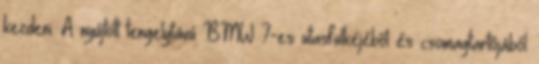
kezdeni. A nyújtott tengelytávú BMW 7-es utasfülkéjéből és csomagtartójából